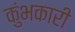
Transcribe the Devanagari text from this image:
कुंभकारी